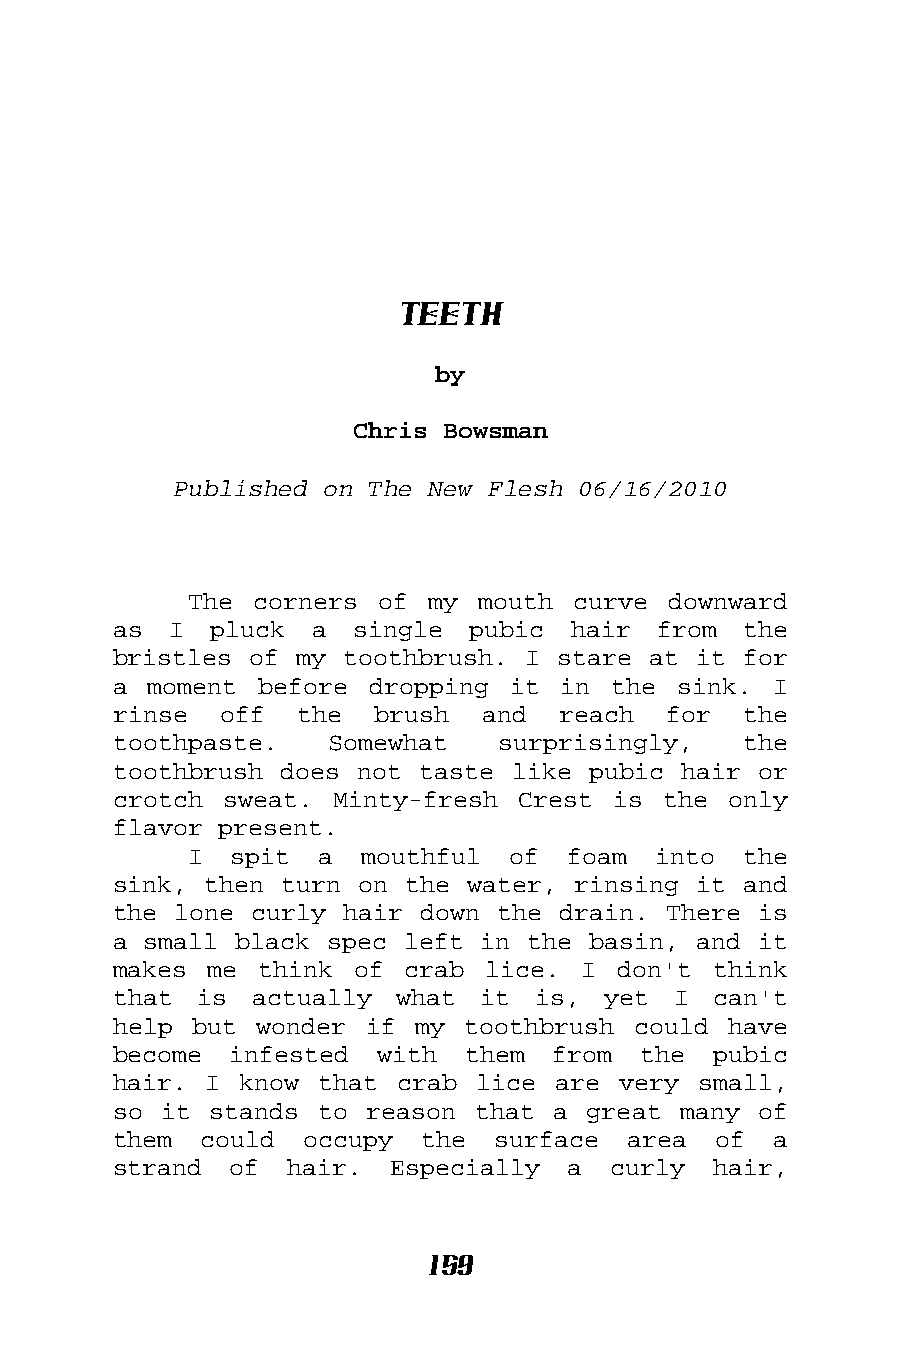
Teeth
 by
 Chris Bowsman
 Published on The New Flesh 06/16/2010
 The corners of  my mouth curve  downward
 as  I pluck  a  single pubic  hair  from  the
 bristles of my toothbrush. I stare at it  for
 a moment  before dropping it  in the sink.  I
 rinse  off  the  brush  and  reach  for   the
 toothpaste.   Somewhat   surprisingly,    the
 toothbrush does not taste like pubic hair  or
 crotch sweat. Minty-fresh  Crest is the  only
 flavor present.
 I  spit a  mouthful  of  foam  into  the
 sink, then turn on the water, rinsing it  and
 the lone curly hair down the drain. There  is
 a small black spec left in the basin, and  it
 makes me  think of crab  lice. I don't  think
 that is  actually  what it  is, yet  I  can't
 help but wonder  if my toothbrush could  have
 become  infested with  them  from  the  pubic
 hair. I know  that crab lice are very  small,
 so it stands to  reason that a great many  of
 them  could occupy  the  surface  area  of  a
 strand  of hair.  Especially  a  curly  hair,
 159